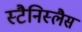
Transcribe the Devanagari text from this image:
स्टैनिस्लैस